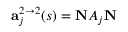
{ \bf a } _ { j } ^ { 2 \rightarrow 2 } ( s ) = { \bf N } { \cal A } _ { j } { \bf N }